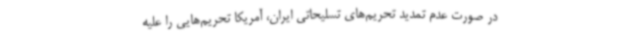
در صورت عدم تمدید تحریم‌های تسلیحاتی ایران، آمریکا تحریم‌هایی را علیه